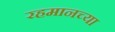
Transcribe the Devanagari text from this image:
रहमानच्या